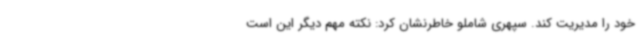
خود را مدیریت کند. سپهری شاملو خاطرنشان کرد: نکته مهم دیگر این است